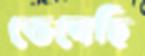
ভেনেছি